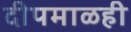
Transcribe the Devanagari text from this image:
दीपमाळही